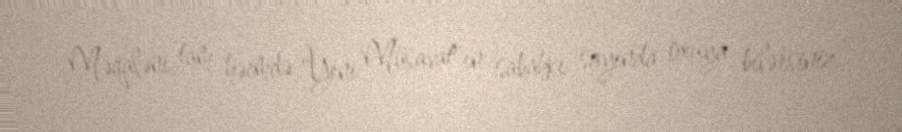
Məqaləni tam həcmdə "Yeni Müsavat"ın sabahkı sayında oxuya bilərsiniz.